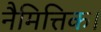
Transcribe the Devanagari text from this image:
नैमित्तिक।